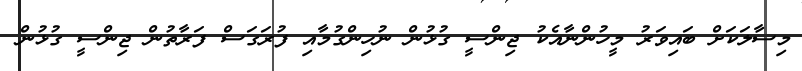
މިސާލަކަށް ބައިވަރު މީހުންނާއެކު ޖިންސީ ގުޅުން ނުހިންގުމާއި ފުރަގަސް ފަރާތުން ޖިންސީ ގުޅުން